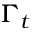
\Gamma _ { t }